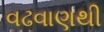
વઢવાણથી